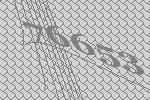
76653